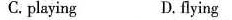
C.playing D. flying